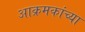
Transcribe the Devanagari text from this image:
आक्रमकांच्या